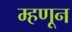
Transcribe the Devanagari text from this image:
म्हणून